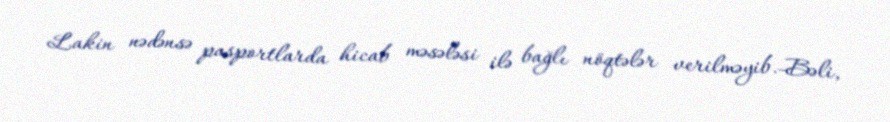
Lakin nədənsə pasportlarda hicab məsələsi ilə bağlı nöqtələr verilməyib.-Bəli,